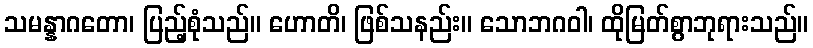
သမန္နာဂတော၊ ပြည့်စုံသည်။ ဟောတိ၊ ဖြစ်သနည်း။ သောဘဂဝါ၊ ထိုမြတ်စွာဘုရားသည်။